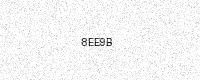
Text: 8EE9B